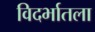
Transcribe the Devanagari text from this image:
विदर्भातला